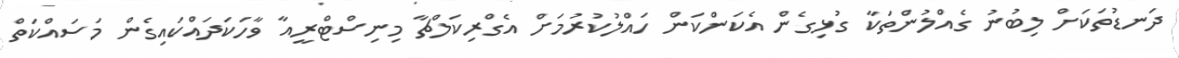
ދަނޑުތަކަށް ލިބުނު ގެއްލުންތަކާ ގުޅިގެން އެކަންކަން ހައްލުކުރުމަށް އެގްރިކަލްޗާ މިނިސްޓްރީއާ ވާހަކަދައްކައިގެން މަސައްކަތް